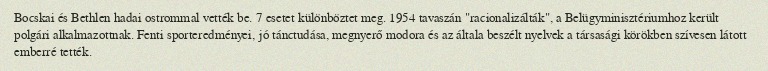
Bocskai és Bethlen hadai ostrommal vették be. 7 esetet különböztet meg. 1954 tavaszán "racionalizálták", a Belügyminisztériumhoz került polgári alkalmazottnak. Fenti sporteredményei, jó tánctudása, megnyerő modora és az általa beszélt nyelvek a társasági körökben szívesen látott emberré tették.